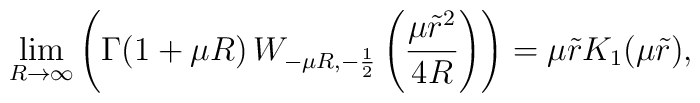
\lim_{R \rightarrow \infty} \left(\Gamma(1+\mu R)\, W_{-\mu R,-\frac{1}{2}}\left(\frac{\mu \tilde{r}^2}{4R}\right)\right) = \mu \tilde{r} K_1(\mu\tilde{r}),